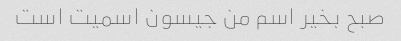
صبح بخیر اسم من جیسون اسمیت است